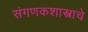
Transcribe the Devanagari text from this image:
संगणकशास्त्राचे